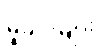
မှုခင်းများ